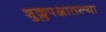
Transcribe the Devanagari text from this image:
शुक्लपक्षातल्या